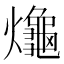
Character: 𪚱